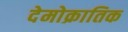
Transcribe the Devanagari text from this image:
देमोक्रातिक